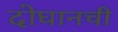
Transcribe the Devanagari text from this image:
दोघानची